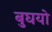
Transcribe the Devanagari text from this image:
बुघयो